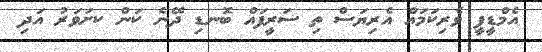
އެމްޑީޕީ ވެރިކަމައް އެރިޔަސް ތި ސަރީފައް ބޮނޑި ދޭނެ ކަން ކށަވަރު އަދި